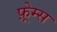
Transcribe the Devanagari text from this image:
फ़्रेम्स